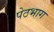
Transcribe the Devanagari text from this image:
पेठभाग